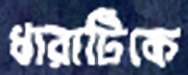
ধারাটিকে